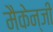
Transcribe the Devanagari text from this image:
मैकेन्जी